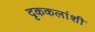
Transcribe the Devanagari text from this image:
दृककलांशी